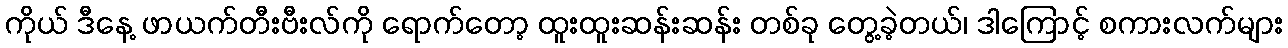
ကိုယ် ဒီနေ့ ဖာယက်တီးဗီးလ်ကို ရောက်တော့ ထူးထူးဆန်းဆန်း တစ်ခု တွေ့ခဲ့တယ်၊ ဒါကြောင့် စကားလက်များ